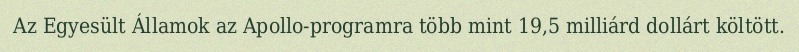
Az Egyesült Államok az Apollo-programra több mint 19,5 milliárd dollárt költött.